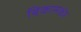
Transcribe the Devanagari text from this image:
बिकासक्षेत्र